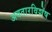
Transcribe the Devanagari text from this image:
अवतारविशेष